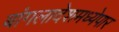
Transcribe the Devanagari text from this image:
बांगलादेशमध्येपार